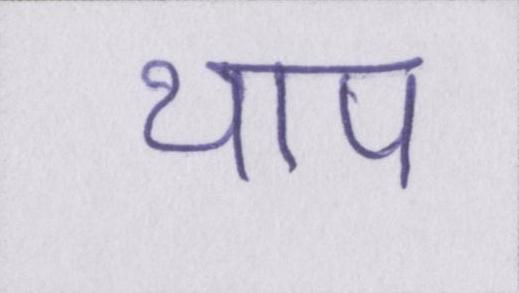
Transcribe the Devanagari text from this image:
थाप